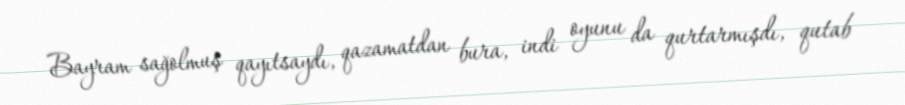
Bayram sağolmuş qayıtsaydı, qazamatdan bura, indi oyunu da qurtarmışdı, qutab